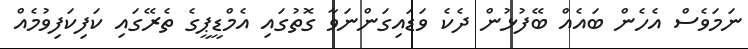
ނަމަވެސް އެހެން ބައެއް ބޭފުޅުން ދެކެ ވަޑައިގަންނަވާ ގޮތުގައި އެމްޑީޕީގެ ތެރޭގައި ކަފިކަފިވުމެއް